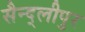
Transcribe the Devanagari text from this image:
सैन्द्लीपुर